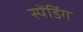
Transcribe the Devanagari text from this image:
स्पेंडिंग